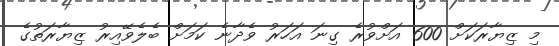
މި ޒިޔާރަކަށް 600 އަށްވުރެ ގިނަ އަހަރު ވެދާނެ ކަމަށް ބެލެވޭއިރު ޒިޔާރަތުގެ